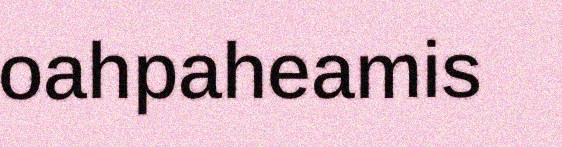
oahpaheamis